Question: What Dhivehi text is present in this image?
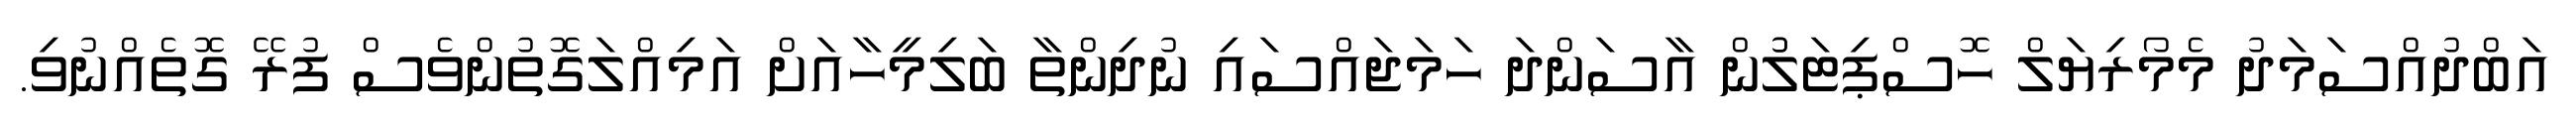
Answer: އަބްދުއްސަމަދު މެމޯރިޔަލް ހޮސްޕިޓަލުުން އާސަންދަ ހަމަޖައްސައި ނުދިންތާ ބަލިމީހާއަށް އަމިއްލަގޮތުންވެސް ފުރޭ ގޮތެއްނުވި.